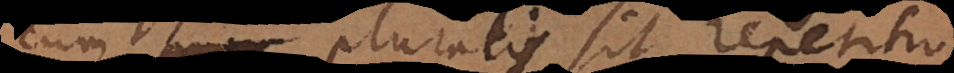
cum pluralis sit repetitio